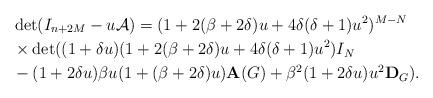
LaTeX: \begin{align*}& \det (I_{n+2M} -u {\cal A} )=(1+2( \beta +2 \delta )u+4 \delta ( \delta +1) u^2 )^{M-N} \\&\times \det ((1+ \delta u)(1+2( \beta +2 \delta )u+4 \delta ( \delta +1) u^2 ) I_N \\&- (1+2 \delta u) \beta u (1+( \beta +2 \delta )u) {\bf A} (G) + \beta {}^2 (1+2 \delta u) u^2 {\bf D}_G ) . \end{align*}